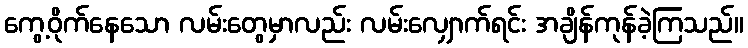
ကွေ့ဝိုက်နေသော လမ်းတွေမှာလည်း လမ်းလျှောက်ရင်း အချိန်ကုန်ခဲ့ကြသည်။